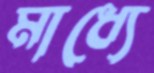
মাধ্যে